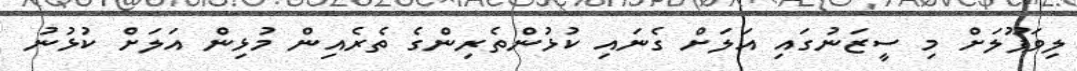
ލިވަޕޫލަށް މި ސީޒަނުގައި އަލަށް ގެނައި ކުޅުންތެރިންގެ ތެރެއިން މުޅިން އަލަށް ކުޅުނު